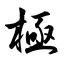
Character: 極